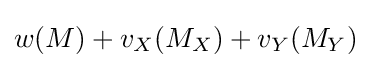
w(M)+v_{X}(M_{X})+v_{Y}(M_{Y})